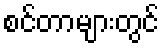
စင်တာများတွင်